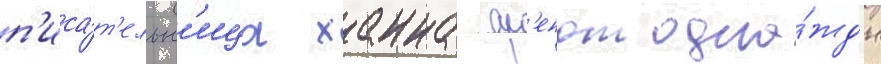
п'иса́т'ельн'ица ханна ар'ендт одна́жды